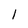
Character: l